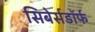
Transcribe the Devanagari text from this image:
सिबेर्सडॉर्फ